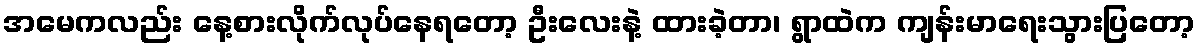
အမေကလည်း နေ့စားလိုက်လုပ်နေရတော့ ဦးလေးနဲ့ ထားခဲ့တာ၊ ရွာထဲက ကျန်းမာရေးသွားပြတော့